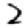
Digit: 2